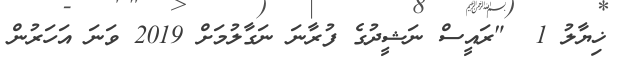
ޚިޔާލު 1  "ރައީސް ނަޝީދުގެ ފުރާނަ ނަގާލުމަށް 2019 ވަނަ އަހަރުން